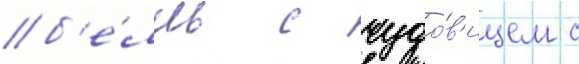
б'е́лль с чудо́в'ищем с